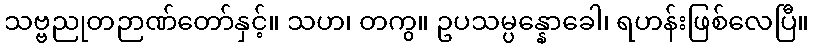
သဗ္ဗညုတဉာဏ်တော်နှင့်။ သဟ၊ တကွ။ ဥပသမ္ပန္နောခေါ၊ ရဟန်းဖြစ်လေပြီ။